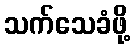
သက်သေခံဖို့